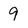
Character: 9